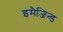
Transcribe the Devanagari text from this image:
इमैजिन्ड